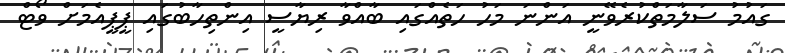
ގައުމު ސަލާމަތްކުރެވޭނީ އަންނަ މަހު ހަތެއްގައި ބާއްވާ ރިޔާސީ އިންތިހާބުގައި ޕީޕީއެމަށް ވޯޓް